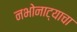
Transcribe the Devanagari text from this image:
नभोनाट्याचा